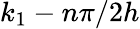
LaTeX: k_{1}-n\pi/2h